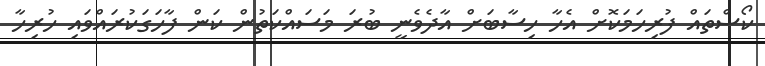
ކޯސްތައް ފުރިހަމަކޮށް އެހާ ހިސާބަށް އާދެވެނީ ބުރަ މަސައްކަތުން ކަން ފާހަގަކުރައްވައި ހުރިހާ